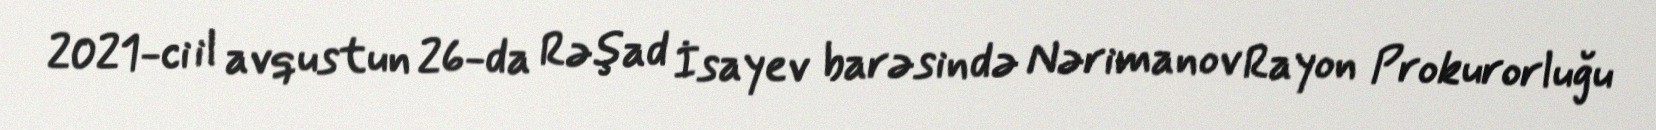
2021-ci il avqustun 26-da Rəşad İsayev barəsində Nərimanov Rayon Prokurorluğu